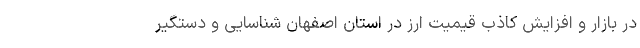
در بازار و افزایش کاذب قیمیت ارز در استان اصفهان شناسایی و دستگیر